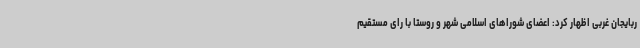
ربایجان غربی اظهار کرد: اعضای شوراهای اسلامی شهر و روستا با رای مستقیم